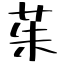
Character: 茱